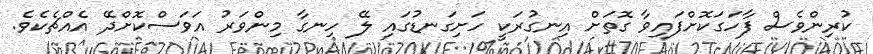
ކުރިންވެސް ފާހަގަކޮށްފައިވާ ގޮތަށް އިނގުރަކީ ހަށިގަނޑުގައި ލޭ ހިނގާ މިންވަރު އަވަސްކޮށްދޭ އެއްޗެކެވެ.